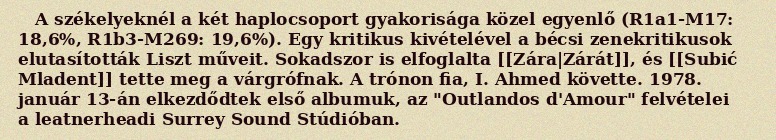
A székelyeknél a két haplocsoport gyakorisága közel egyenlő (R1a1-M17: 18,6%, R1b3-M269: 19,6%). Egy kritikus kivételével a bécsi zenekritikusok elutasították Liszt műveit. Sokadszor is elfoglalta [[Zára|Zárát]], és [[Subić Mladent]] tette meg a várgrófnak. A trónon fia, I. Ahmed követte. 1978. január 13-án elkezdődtek első albumuk, az "Outlandos d'Amour" felvételei a leatnerheadi Surrey Sound Stúdióban.